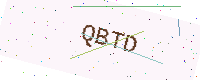
Text: QBTD